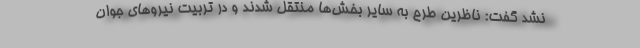
نشد گفت: ناظرین طرح به سایر بخش‌ها منتقل شدند و در تربیت نیروهای جوان